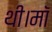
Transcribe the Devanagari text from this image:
थी।माॅ